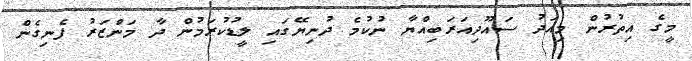
މީގެ އިތުރުން މިއަދު ސައޫދިއަރަބިއްޔާ ނުކުމެ ދުނިޔޭގައި ލީޑުކުރަމުން ދާ މަންޒަރު ފެނިގެން